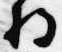
将